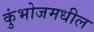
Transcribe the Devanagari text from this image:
कुंभोजमधील